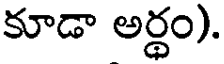
కూడా అర్థం).